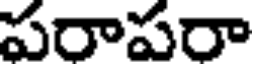
పరాపరా